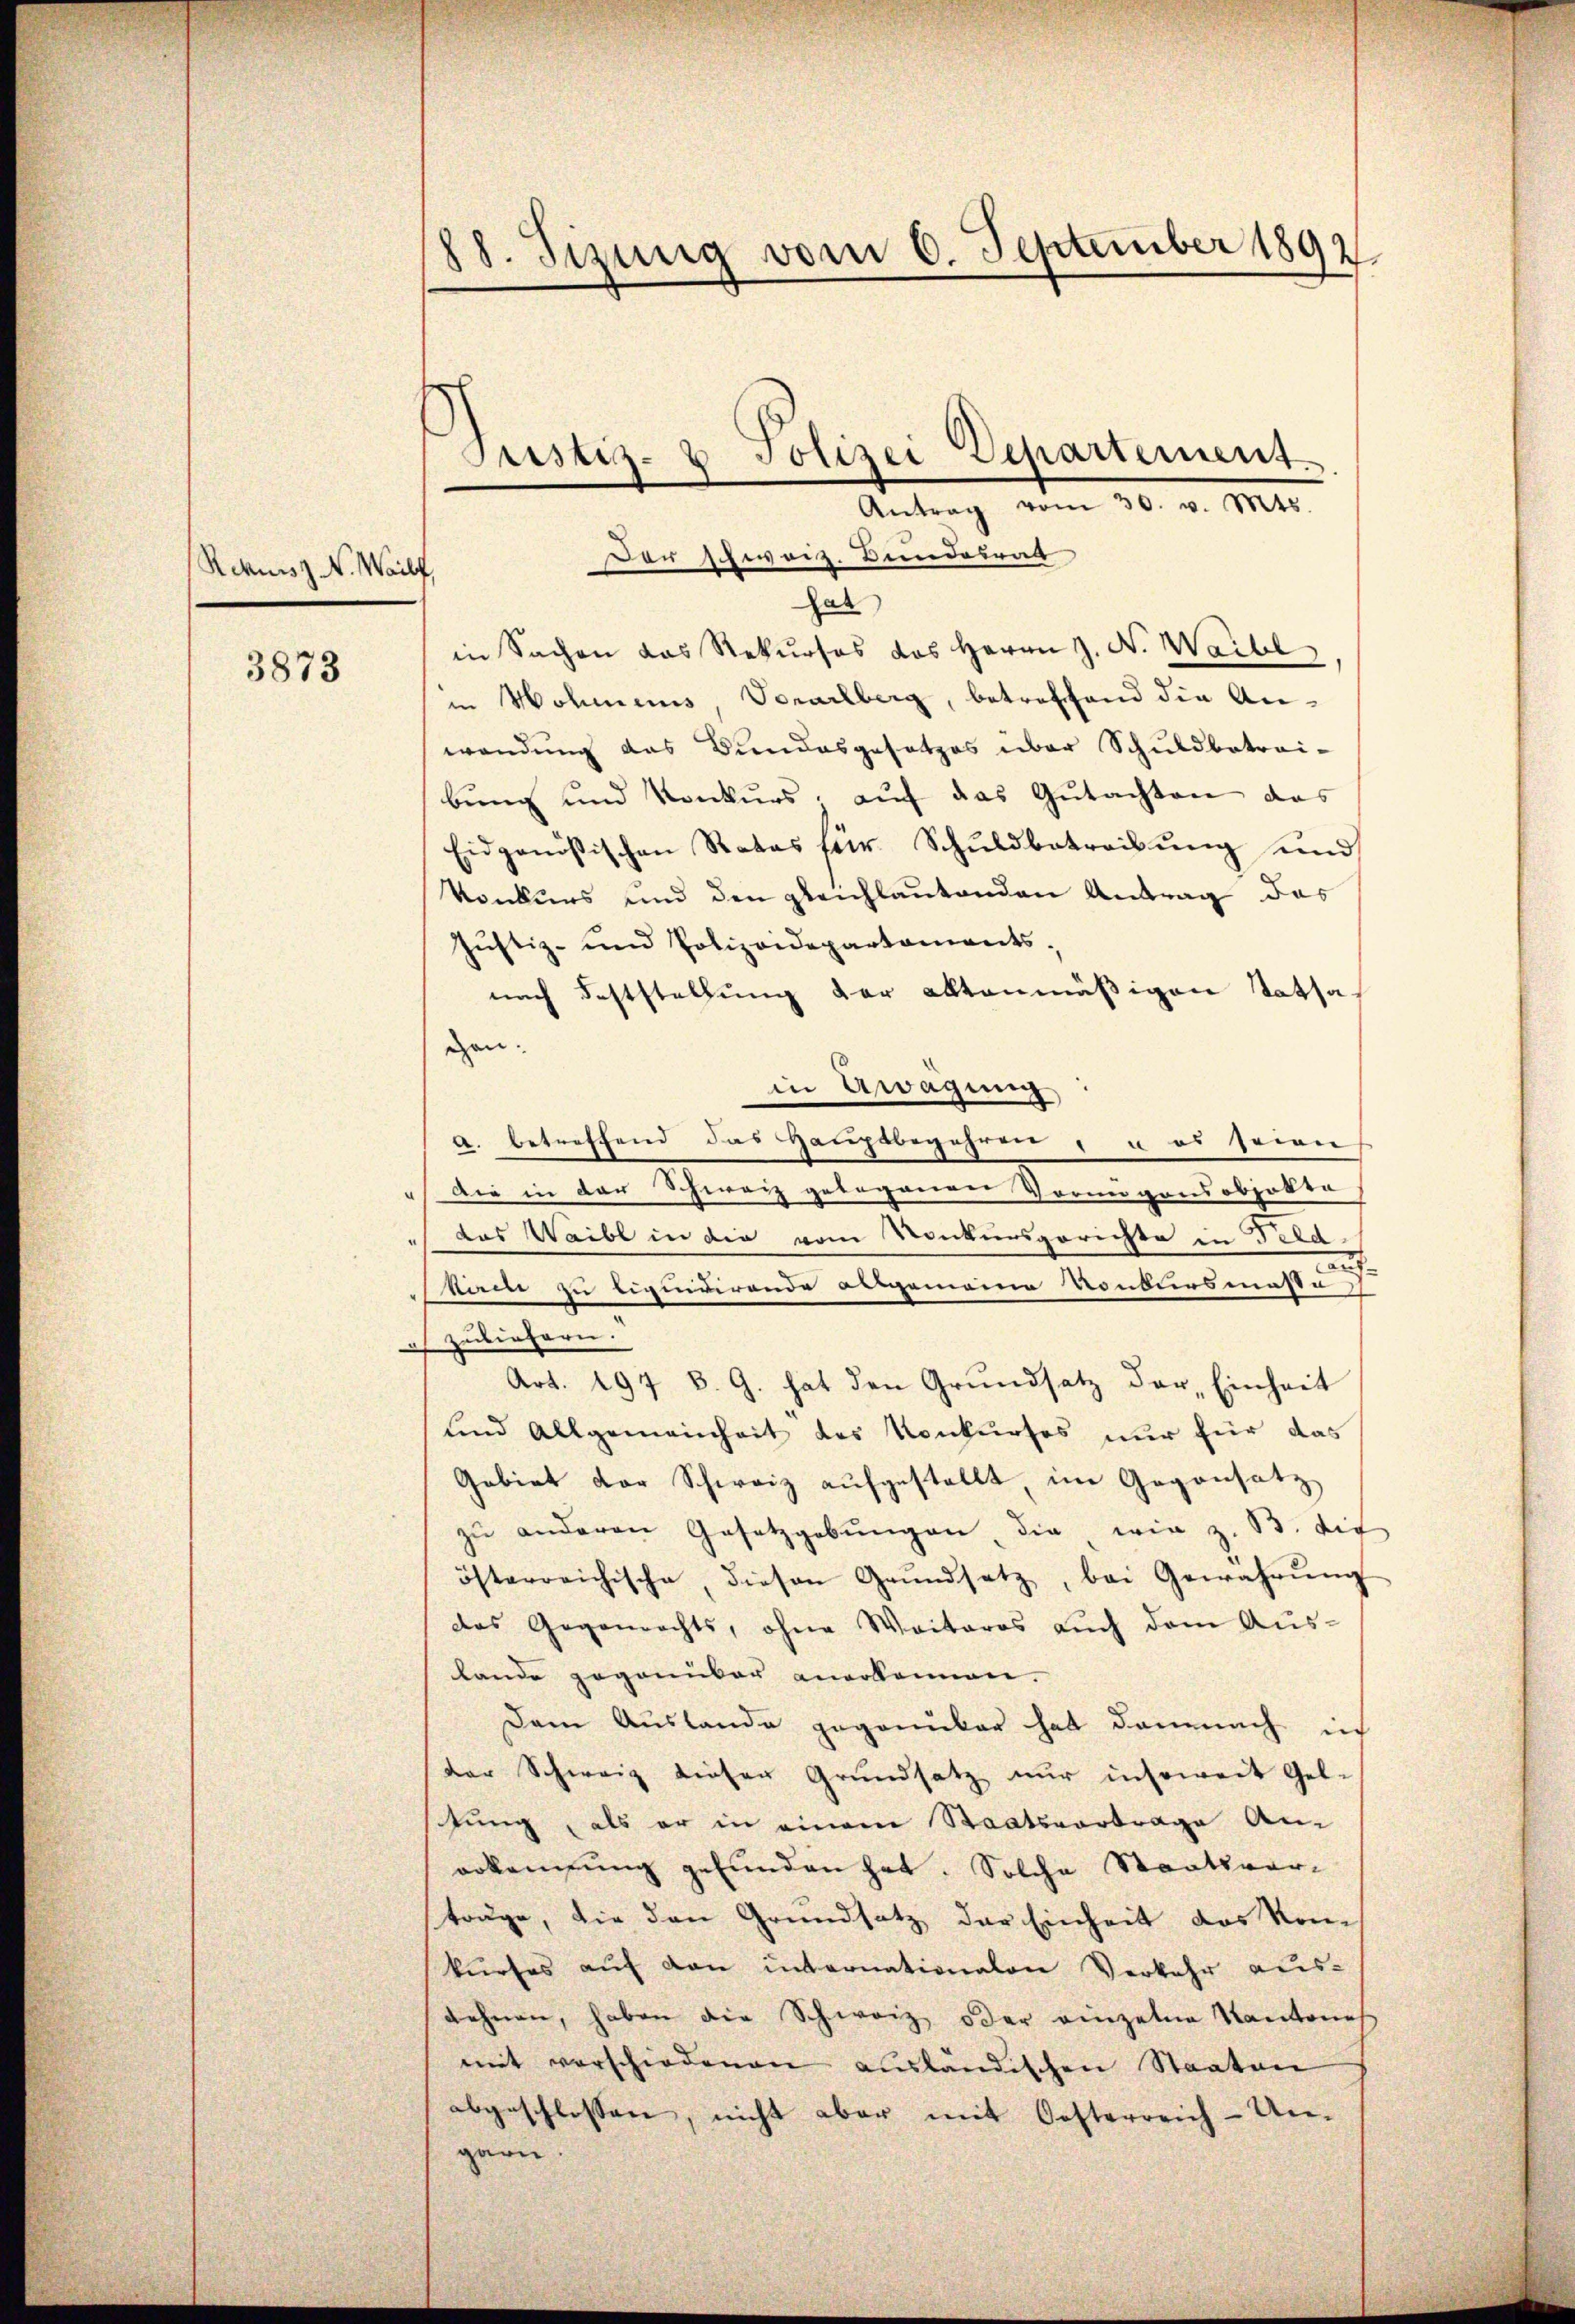
Rekurs z. V. Wailf,

3873

18. Jizung vom 6. September 1892.

Justiz- & Polizei Departement
Antrag vom 30. v. Mts.
Der schweiz. Bundesrat

Hab
in Sachen das Rekurses des Herrn J. N. Waibe
in Wohmens, Vorarlberg, betreffend die Anwendung das Bundesgesetzes über Schuldbetrai-
bung und Konkurs, auf das Gutachten das
Eidgenössischen Rates für Schŭldbetreibŭng und
konkurs und den gleichlautenden Antrag das
Justiz- und Polizeidepartaments.
nach Feststellung der altenmäßigen Tatsagen.
in Aragung
a. betreffend das Hauptbegehren u es seien
"Die in der Schweiz gelegenen Vormögensobjekte
 das Waibl in die vom Konkursgerichte in Feld
auf.
kiren zu liquidirende Aergemeine Konkursmasse
zuliefern.
.
Art. 197 B. G. hat den Grŭndsatz der Einheit
und Allgemeinheit des Konkurses nur für das
Gebiet der Schweiz aufgestellt, im Gegensatz
zu anderen Gesetzgebungen, die wie z. B. der
österreichische, diesen Grŭndsatz, bei Gewährŭng
das Gegenrechts, ohne Weiteres auch dem Auslande gegenüber anerkennen.
Dem Auslande gegenüber hat demnach in
der Schweiz dieser Grundsatz nur insoweit Gel-
tung, als er in einem Staatsvortrage An-
erkennung gefunden hat. Solche Staatsverträge, die den Grundsatz der Einheit das Kom
kurses auf den internationalen Verkehr aus-
dehnen, haben die Schweiz oder einzelne Kantone
mit verschiedenen ausländischen Staaten
abgeschlossen, nicht aber mit Oesterreich-Un-
garn